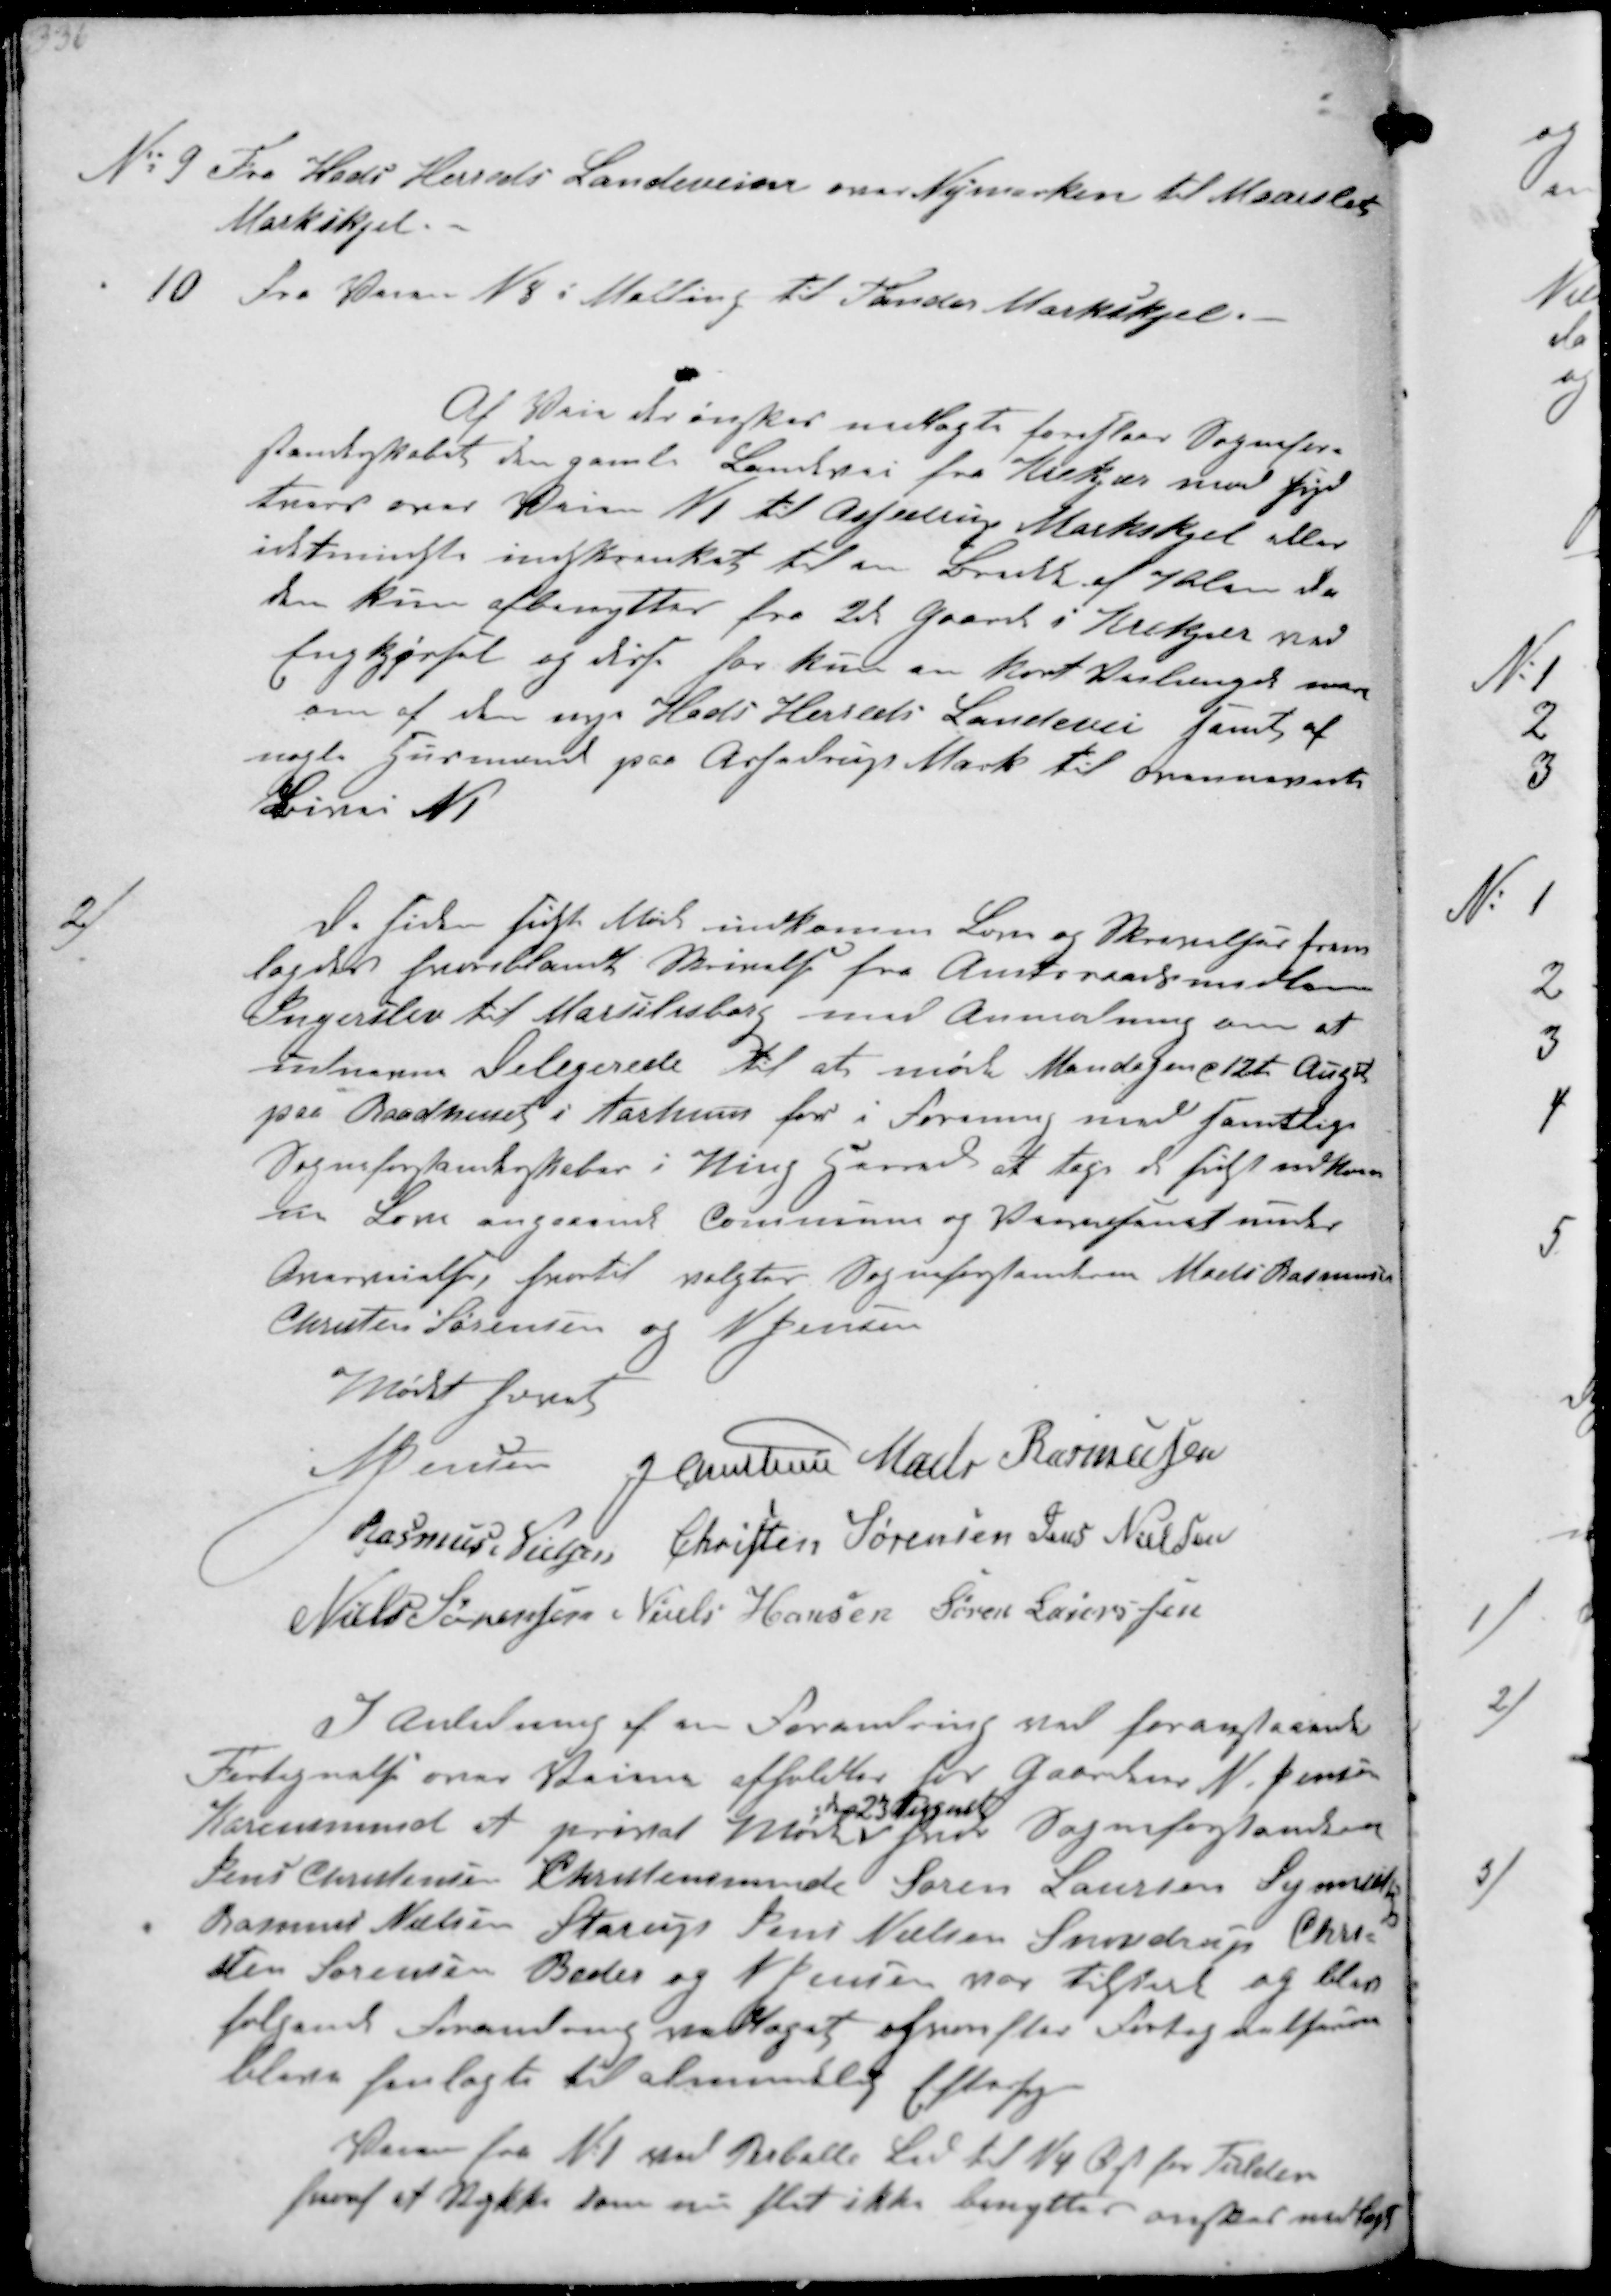
Transskription:
№ 9 Fra Hads Herreds Landeveien over Nymarken til Maarslet
Markskjel
10 Fra Veien N8 i Malling til Tander Markskjel.
Af Veie der ønskes nedlagte foreslaar Sognefor-
standerskabet den gamle Landevei fra Krekjær mod Fløj-
strup over Veien N1 til Assedrup Markskjel eller
idetmindste indskrænket til en Bredde af 7 Alen da
den kun afbenyttes fra 2d Gaard i Krekjæer med
Ingkjørsel og derfo for kun en kort Vailængde mere
om af den nye Hads Herreds Landevei samt af
nogle Gaarmænd paa Assedrup Mark til ovennævnte
Bivai N1

2/
De siden sidste Møde indkomne Breve og Skrivelser frem-
lagdes heriblandt Skrivelse fra Amtsraadsmedlem
Ingerslev til Mardelisborg med Anmodning om at
udnævne Delegerede til at møde Mandagen d 12t Augst
paa Raadhuset i Aarhus for i Forening med samtlige
Sognefortanderskaber i Ning Herred at tage de sidst indkom-
ne Lov angaaend Commune og  ønsker
, hvortil valgtes Sogneforstanderen Mads Rasmussen
Christen Sørensen og N Jensen
Mødet hævet
N. Jensen J Christensen Mads Rasmussen
Rasmus Nielsen Christen Sørensen Jens Nielsen
Niels Sørensen Niels Hansen Søren Laurssen
I Anledning af en Forandring ved foranstaaende
Fortegnelse over  afholdtes hos Gaardm N. Jensen
Karensminds et privat Møde
den 23. August
hvor Sogneforstander
Jens Christensen Christensminde Søren Laursen Synnedrup
Rasmus Nielsen Starup Jens Nielsen Snovdrup Chri-
sten Sørensen Beder og N Jensen var tilstede og blev
følgende Forandring vedtaget, hvorefter Fortegnelsen
bleve forlagt til almindlig Eftersyn
Stien fra N1 ved Reballe Led til N4 Øst for Fulden
hvoraf et Stykke som nu slet ikke benyttes ønskes nedlagt